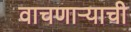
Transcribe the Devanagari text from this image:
वाचणाऱ्याची